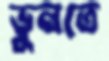
ভুনতে